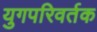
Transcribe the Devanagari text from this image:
युगपरिवर्तक